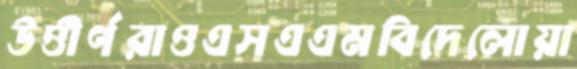
উত্তীর্ণরাওএসএএমবিদেলোয়া